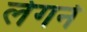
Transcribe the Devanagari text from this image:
लेगर्न